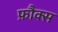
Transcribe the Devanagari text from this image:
फ़ौक्स